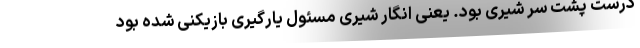
درست پشت سر شیری بود. یعنی انگار شیری مسئول یارگیری بازیکنی شده بود